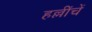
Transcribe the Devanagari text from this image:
हल्लींचें